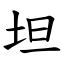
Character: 坦